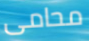
محامى